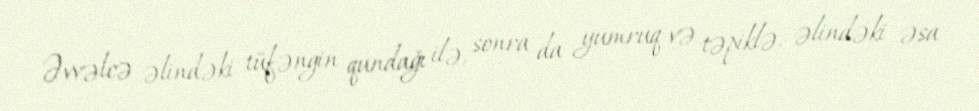
Əvvəlcə əlindəki tüfəngin qundağı ilə, sonra da yumruq və təpiklə, əlindəki əsa